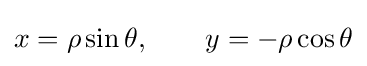
x=\rho \sin \theta ,\qquad y=-\rho \cos \theta